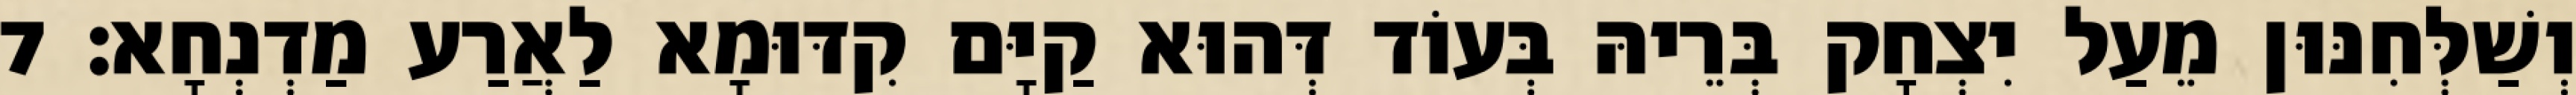
וְשַׁלְּחִנּוּן מֵעַל יִצְחָק בְּרֵיהּ בְּעוֹד דְּהוּא קַיָּם קִדּוּמָא לַאֲרַע מַדְנְחָא׃ 7